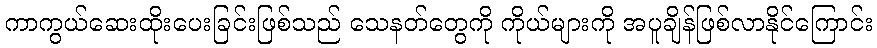
ကာကွယ်ဆေးထိုးပေးခြင်းဖြစ်သည် သေနတ်တွေကို ကိုယ်များကို အပူချိန်ဖြစ်လာနိုင်ကြောင်း